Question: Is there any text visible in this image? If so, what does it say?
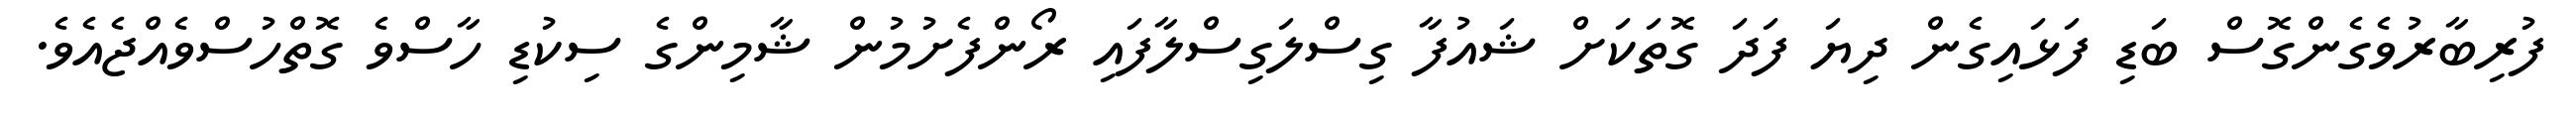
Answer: ފުރިބާރުވެގެންގޮސް ބަޑި ފަޅައިގެން ދިޔަ ފަދަ ގޮތަކަށް ޝައުފާ ގިސްލަގިސްލާފައި ރޯންފެށުމުން ޝާމިންގެ ސިކުޑި ހާސްވެ ގޮތްހުސްވެއްޖެއެވެ.